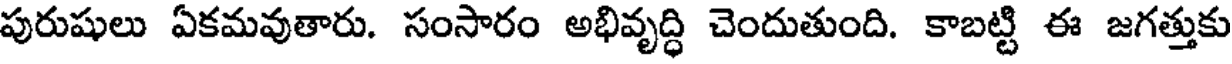
పురుషులు ఏకమవుతారు. సంసారం అభివృద్ధి చెందుతుంది. కాబట్టి ఈ జగత్తుకు